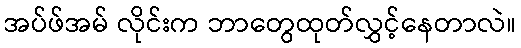
အပ်ဖ်အမ် လိုင်းက ဘာတွေထုတ်လွှင့်နေတာလဲ။